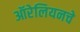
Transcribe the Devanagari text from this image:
ऑरेलियनचे